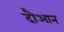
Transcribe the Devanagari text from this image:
दौआन